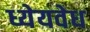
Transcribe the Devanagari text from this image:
ध्येयवेध